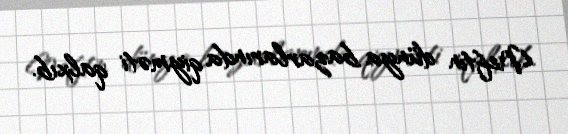
Neftin dünya bazarlarında qiyməti qalxıb.